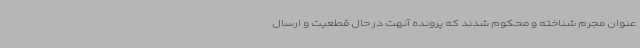
عنوان مجرم شناخته و محکوم شدند که پرونده آنهت در حال قطعیت و ارسال